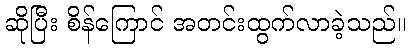
ဆိုပြီး စိန်ကြောင် အတင်းထွက်လာခဲ့သည်။